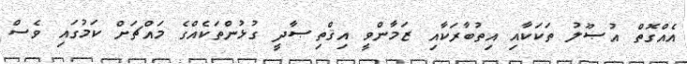
އެއްގޮތް އުޞޫލު ތަކަކާއި އިތުބާރަކާއި ޒަމާންވީ އިޤްތިޞާދީ ގުޅުންތަކެއްގެ މައްޗަށް ކަމުގައި ވެސް